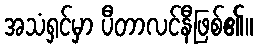
အသံရှင်မှာ ပီတာလင်နီဖြစ်၏။